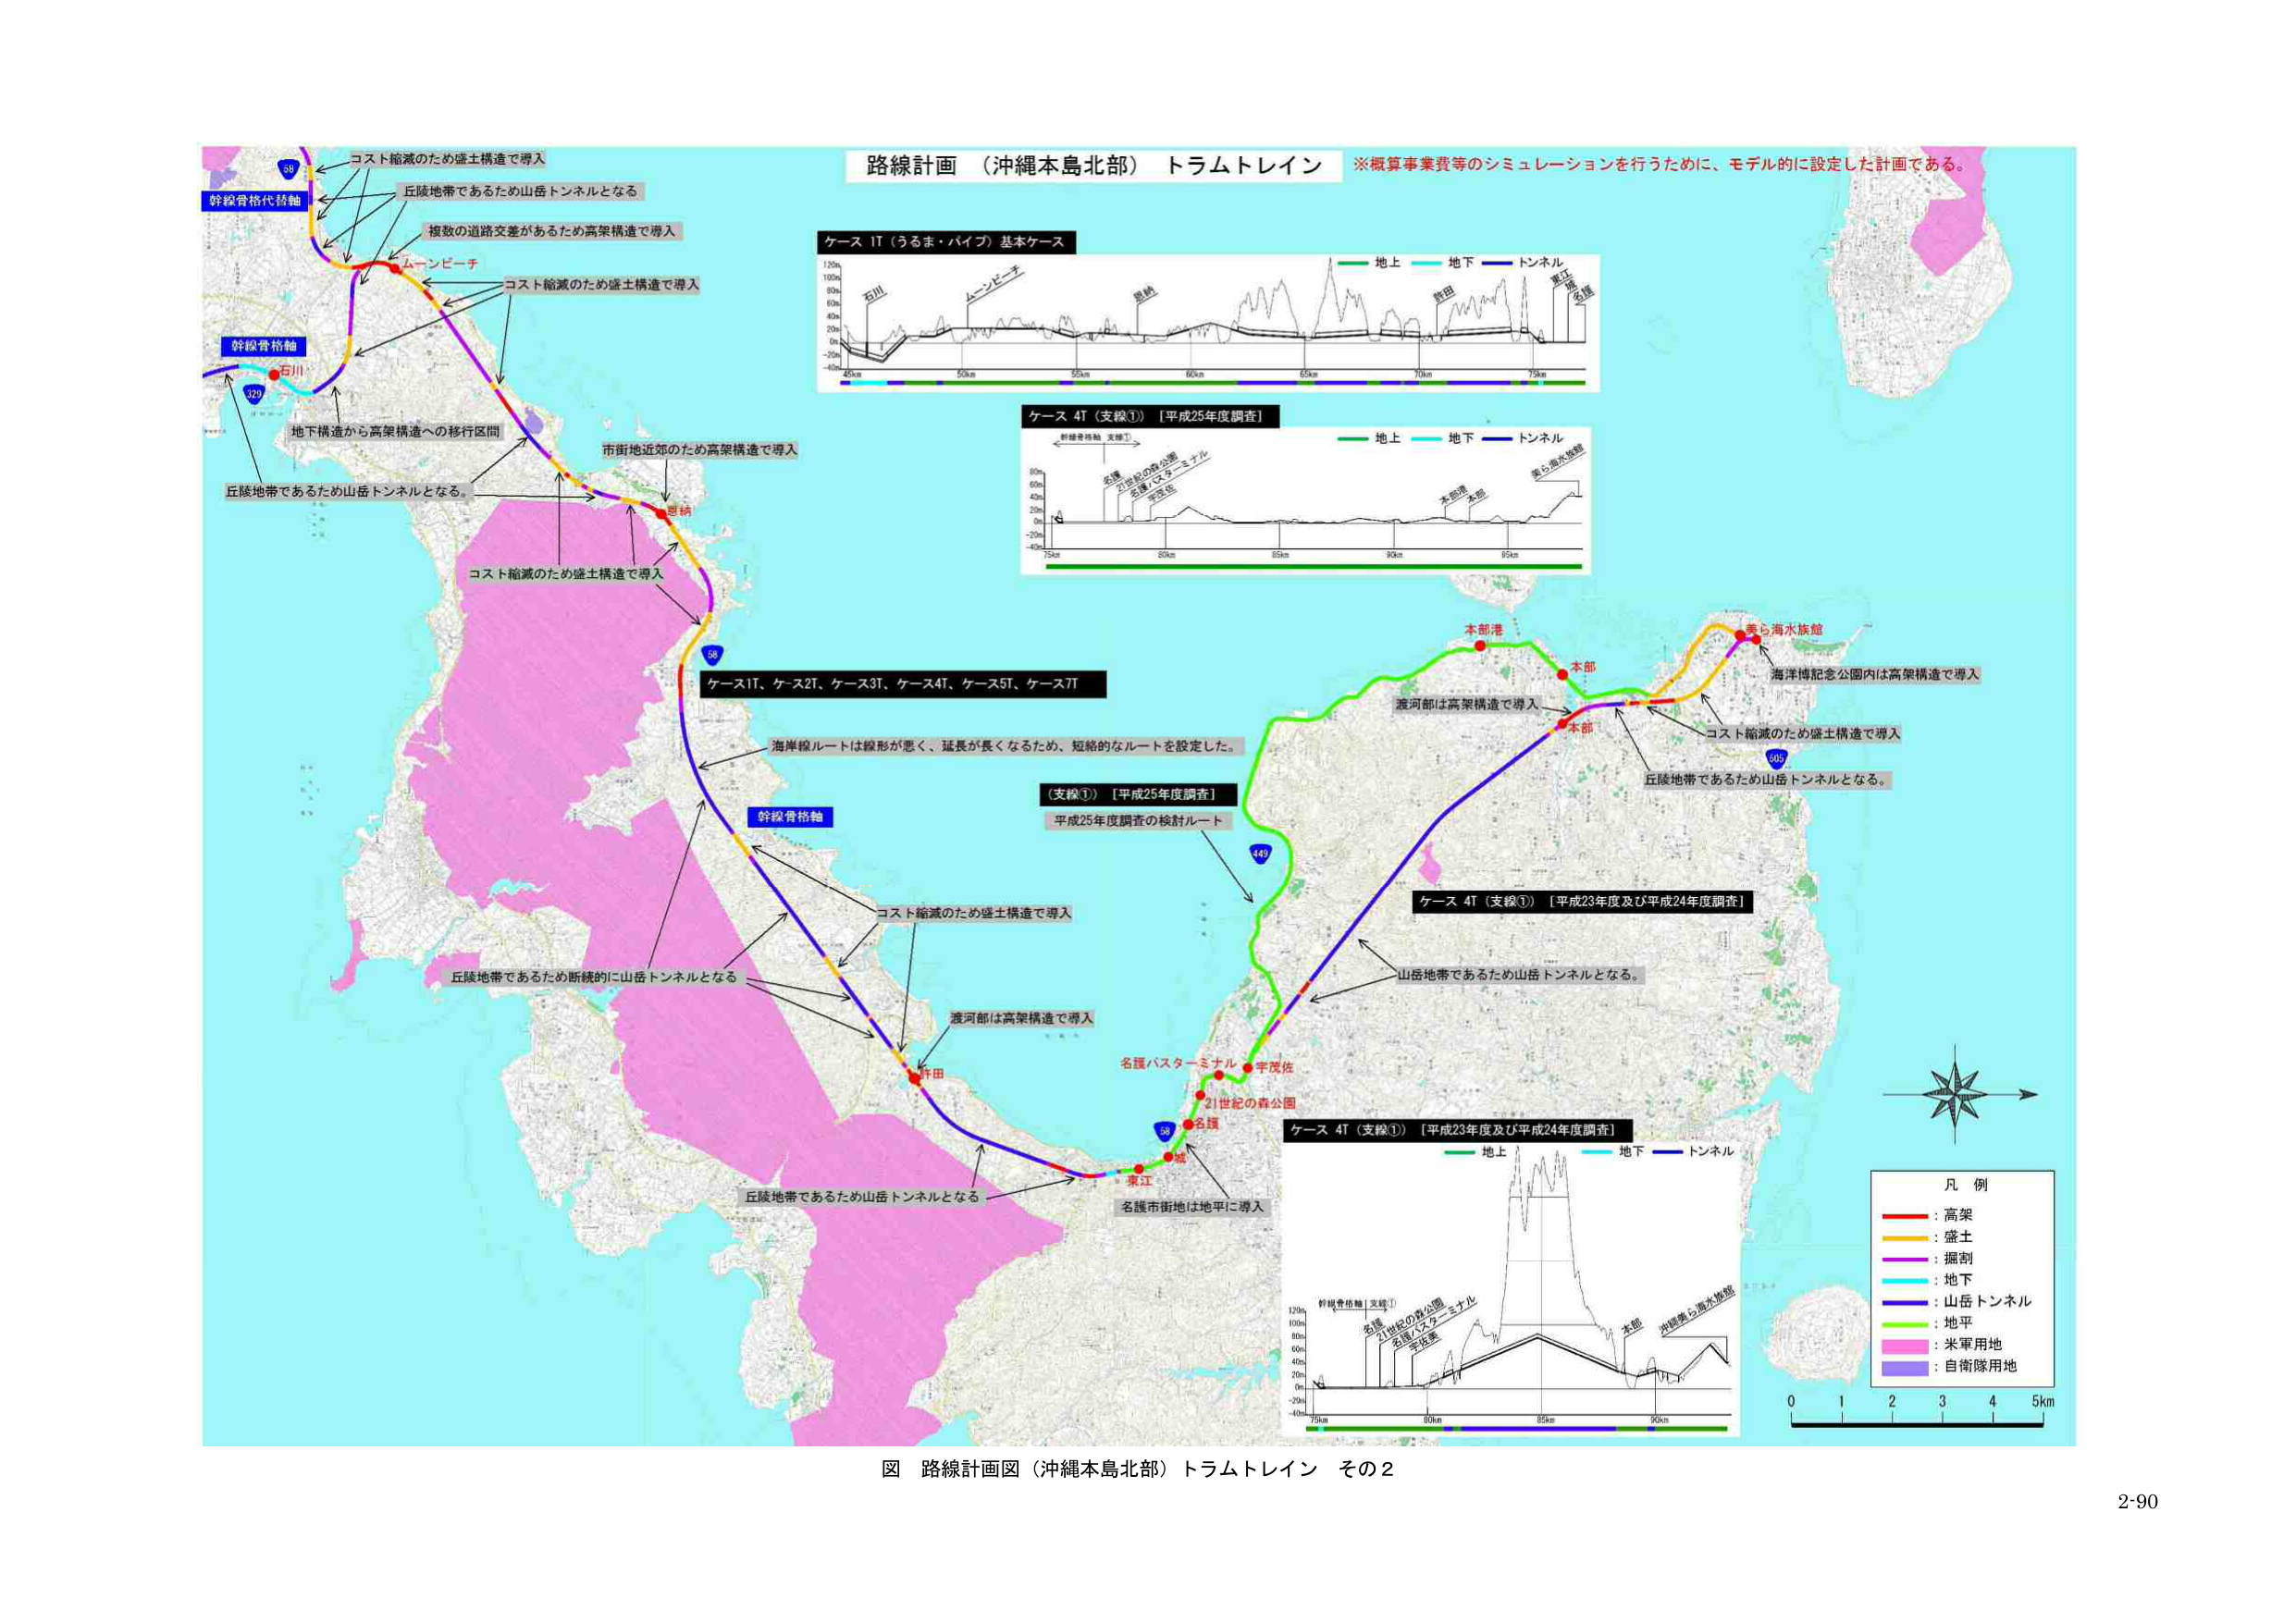
路線計画（沖縄本島北部）トラムトレイン
※概算事業費等のシミュレーションを行うために、モデル的に設定した計画である。

ケース 1T（うるま・パイプ）基本ケース
地上　地下　トンネル
石川　ムーンビーチ　豊崎　許田　美ら海水族館
45km　50km　55km　60km　65km　70km　75km

ケース 4T（支線①）［平成25年度調査］
地上　地下　トンネル
名護　21世紀の森公園　名護バスターミナル　宇茂佐　本部港　本部　美ら海水族館
75km　80km　85km　90km　95km

ケース1T、ケース2T、ケース3T、ケース4T、ケース5T、ケース7T
海岸線ルートは線形が悪く、延長が長くなるため、短絡的なルートを設定した。

（支線①）［平成25年度調査］
平成25年度調査の検討ルート

ケース 4T（支線①）［平成23年度及び平成24年度調査］
地上　地下　トンネル
75km　80km　85km　90km

ケース 4T（支線①）［平成23年度及び平成24年度調査］
地上　地下　トンネル
75km　80km　85km　90km

凡例
赤：高架
黄：盛土
紫：掘削
青：地下
青紫：山岳トンネル
緑：地平
ピンク：米軍用地
紫：自衛隊用地

図 路線計画図（沖縄本島北部）トラムトレイン その2

2-90

コスト縮減のため盛土構造で導入
丘陵地帯であるため山岳トンネルとなる
複数の道路交差があるため高架構造で導入
ムーンビーチ
コスト縮減のため盛土構造で導入
地下構造から高架構造への移行区間
市街地近郊のため高架構造で導入
コスト縮減のため盛土構造で導入
幹線骨格代替軸
幹線骨格軸
石川
329
58
本部港
本部
美ら海水族館
海洋博記念公園内は高架構造で導入
コスト縮減のため盛土構造で導入
丘陵地帯であるため山岳トンネルとなる
605
幹線骨格軸
コスト縮減のため盛土構造で導入
丘陵地帯であるため断続的に山岳トンネルとなる
渡河部は高架構造で導入
許田
名護バスターミナル　宇茂佐
21世紀の森公園
名護
58
447
東江
名護市街地は地平に導入
丘陵地帯であるため山岳トンネルとなる
山岳地帯であるため山岳トンネルとなる
沖縄美ら海水族館
0　1　2　3　4　5km